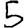
Digit: 5